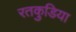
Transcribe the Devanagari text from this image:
रतकुडि़या